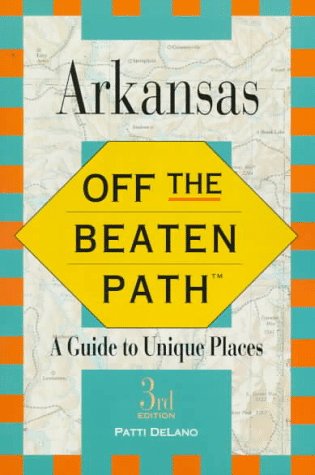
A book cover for Arkansas: Off the Beaten Path (3rd ed); Patti Delano; Travel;